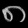
Digit: ၈